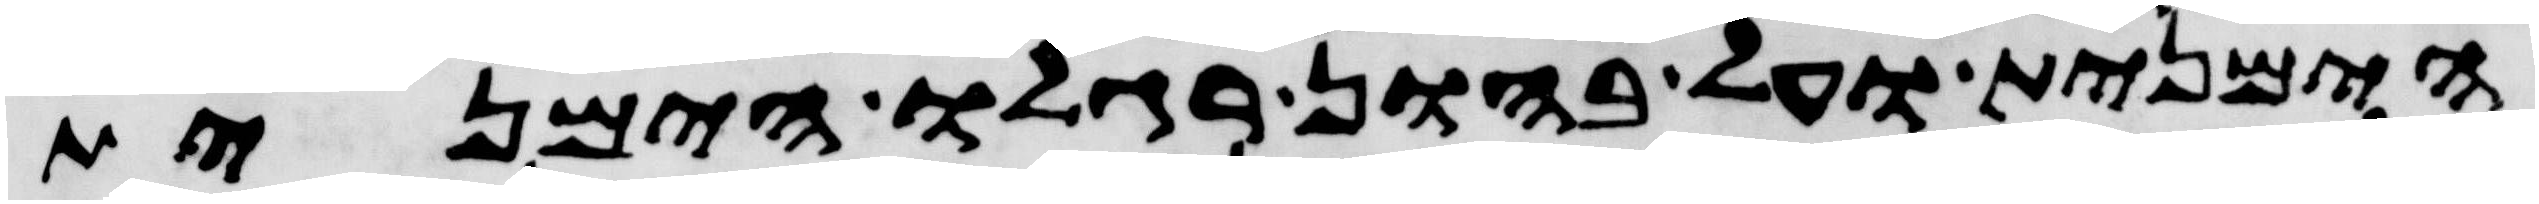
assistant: הימנית ועל בהון רגלו הימנית